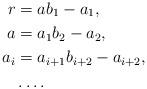
LaTeX: \begin{align*}r & =ab_{1}-a_{1},\\a & =a_{1}b_{2}-a_{2},\\a_{i} & =a_{i+1}b_{i+2}-a_{i+2},\\& \dots.\end{align*}